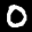
Label: 0